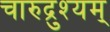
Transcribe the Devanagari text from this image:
चारुद्रुश्यम्